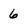
Character: 6